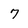
Character: 7